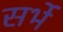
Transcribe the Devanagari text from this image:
सर्भे